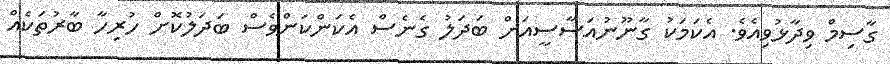
ގާސިމް ވިދާޅުވިއެވެ. އެކަމަކު ގާނޫނުއަސާސީއަށް ބަދަލު ގެނެސް އެކަންކަންވެސް ބަދަލުކޮށް ހުރިހާ ބާރުތަކެއް